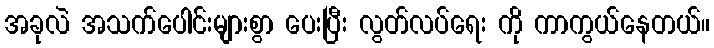
အခုလဲ အသက်ပေါင်းများစွာ ပေးပြီး လွတ်လပ်ရေး ကို ကာကွယ်နေတယ်။